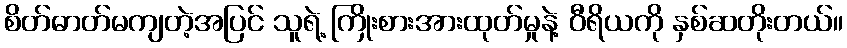
စိတ်ဓာတ်မကျတဲ့အပြင် သူရဲ့ ကြိုးစားအားထုတ်မှုနဲ့ ဝီရိယကို နှစ်ဆတိုးတယ်။